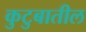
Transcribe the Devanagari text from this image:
कुटुबातील